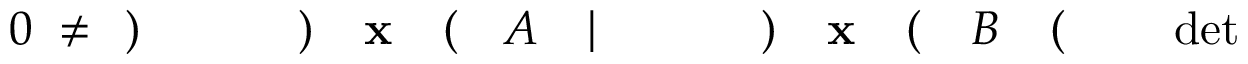
\! \! \! \! \! \! \! \! \! \! \! \operatorname* { d e t } \! \! \! \! \! \! \! \! \! \! \! \! \! \! \! \! \! \! \! \! \! \! \! \! ( \! \! \! \! \! \! \! \! \! \! \! \! B \! \! \! \! \! \! \! \! \! \! \! \! ( \! \! \! \! \! \! \! \! \! \! \! \! \mathbf { x } \! \! \! \! \! \! \! \! \! \! \! \! ) \! \! \! \! \! \! \! \! \! \! \! \! \! \! \! \! \! \! \! \! \! \! \! \! | \! \! \! \! \! \! \! \! \! \! \! \! A \! \! \! \! \! \! \! \! \! \! \! \! ( \! \! \! \! \! \! \! \! \! \! \! \! \mathbf { x } \! \! \! \! \! \! \! \! \! \! \! \! ) \! \! \! \! \! \! \! \! \! \! \! \! \! \! \! \! \! \! \! \! \! \! \! \! ) \! \! \! \! \! \! \! \! \! \! \! \! \neq \! \! \! \! \! \! \! \! \! \! \! \! 0 \! \! \! \! \! \! \! \! \! \! \!